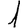
Digit: 1